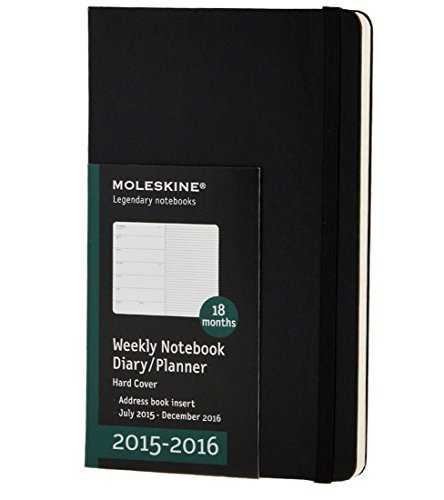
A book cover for Moleskine 2015-2016 Weekly Notebook, 18M, Large, Black, Hard Cover (5 x 8.25); Moleskine; Calendars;